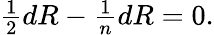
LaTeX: \textstyle{\frac{1}{2}}dR-{\frac{1}{n}}dR=0.